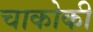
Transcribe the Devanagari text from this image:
चाकोकी